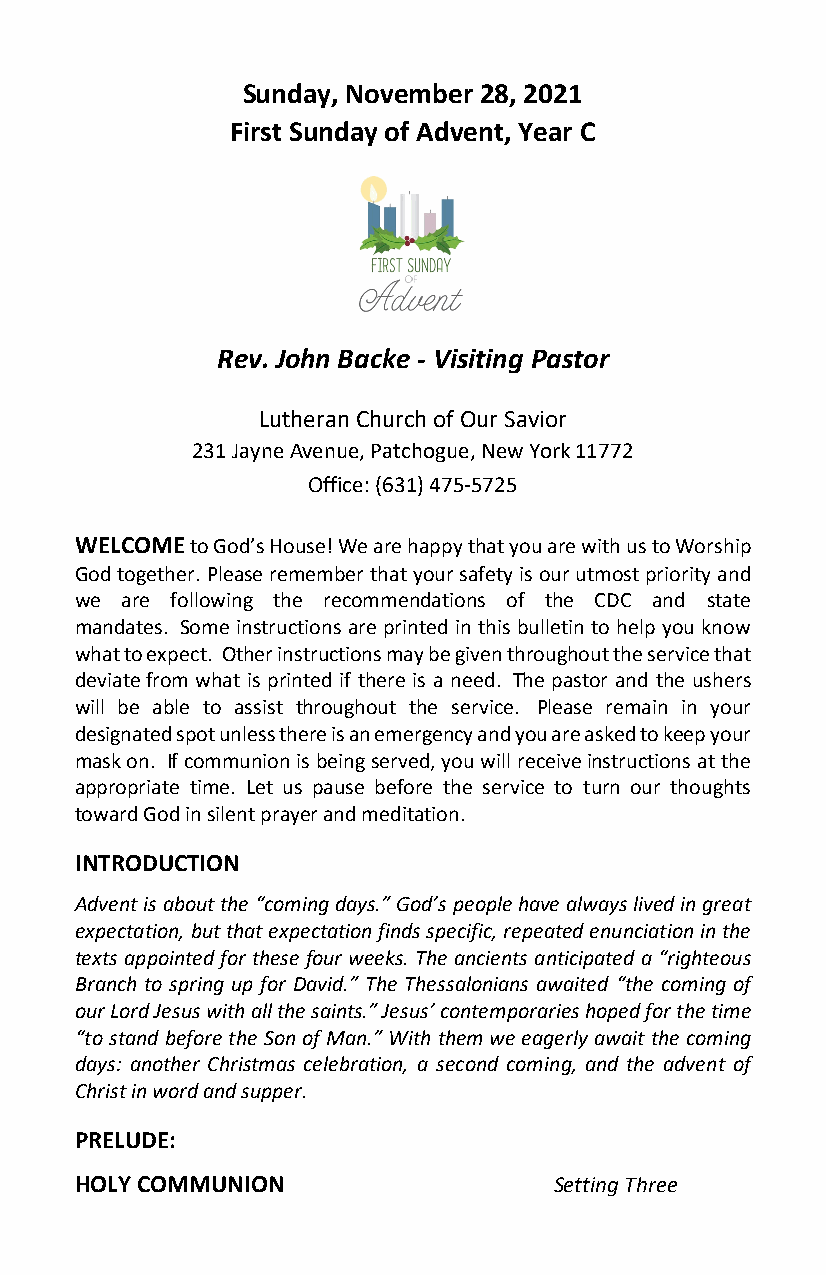
Sunday, November 28, 2021
 First Sunday of Advent, Year C
 Rev. John Backe - Visiting Pastor
 Lutheran Church of Our Savior
 231 Jayne Avenue, Patchogue, New York 11772
 Office: (631) 475-5725
 WELCOME to God’s House! We are happy that you are with us to Worship
 God together. Please remember that your safety is our utmost priority and
 we are following the recommendations of the CDC and state
 mandates. Some instructions are printed in this bulletin to help you know
 what to expect. Other instructions may be given throughout the service that
 deviate from what is printed if there is a need. The pastor and the ushers
 will be able to assist throughout the service. Please remain in your
 designated spot unless there is an emergency and you are asked to keep your
 mask on. If communion is being served, you will receive instructions at the
 appropriate time. Let us pause before the service to turn our thoughts
 toward God in silent prayer and meditation.
 INTRODUCTION
 Advent is about the “coming days.” God’s people have always lived in great
 expectation, but that expectation finds specific, repeated enunciation in the
 texts appointed for these four weeks. The ancients anticipated a “righteous
 Branch to spring up for David.” The Thessalonians awaited “the coming of
 our Lord Jesus with all the saints.” Jesus’ contemporaries hoped for the time
 “to stand before the Son of Man.” With them we eagerly await the coming
 days: another Christmas celebration, a second coming, and the advent of
 Christ in word and supper.
 PRELUDE:
 HOLY COMMUNION                  Setting Three